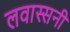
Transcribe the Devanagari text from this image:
लवास्सनी